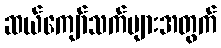
ဆယ်ကျော်သက်များအတွက်